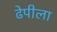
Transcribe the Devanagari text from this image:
ढेपीला